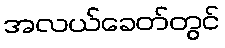
အလယ်ခေတ်တွင်